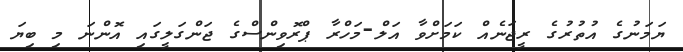
ޔަމަނުގެ އުތުރުގެ ރީޖަނެއް ކަމަށްވާ އަލް-މަހްރާ ޕްރޮވިންސްގެ ޖަންގަލީގައި އޮންނަ މި ބިޔަ